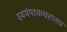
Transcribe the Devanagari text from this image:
स्वयंपाकघरातच